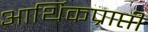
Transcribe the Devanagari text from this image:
आर्थिकप्राप्ती